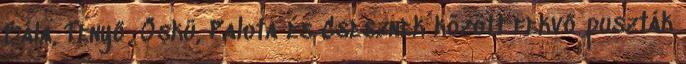
Bála, Tenyő, Öskü, Palota és Csesznek között fekvő puszták